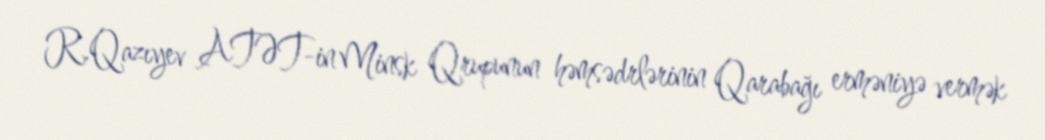
R.Qazıyev ATƏT-in Minsk Qrupunun həmsədrlərinin Qarabağı erməniyə vermək